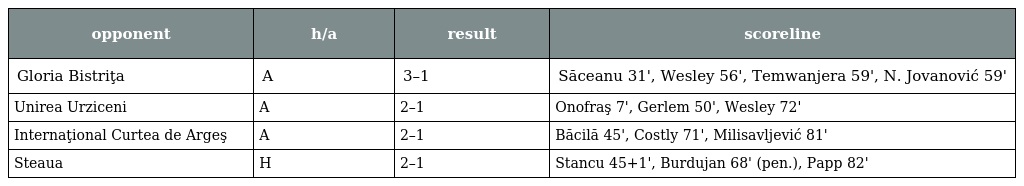
| opponent | h/a | result | scoreline |
 | --- | --- | --- | --- |
 | Gloria Bistriţa | A | 3–1 | Săceanu 31', Wesley 56', Temwanjera 59', N. Jovanović 59' |
 | Unirea Urziceni | A | 2–1 | Onofraş 7', Gerlem 50', Wesley 72' |
 | Internaţional Curtea de Argeş | A | 2–1 | Băcilă 45', Costly 71', Milisavljević 81' |
 | Steaua | H | 2–1 | Stancu 45+1', Burdujan 68' (pen.), Papp 82' |